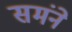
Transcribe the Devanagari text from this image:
समंने